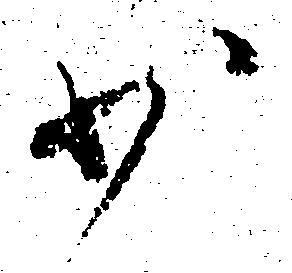
少